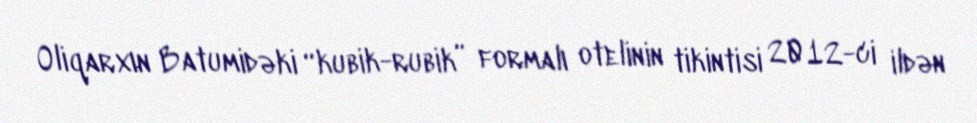
Oliqarxın Batumidəki “kubik-rubik” formalı otelinin tikintisi 2012-ci ildən